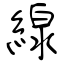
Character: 線